Scottish Leaving Certificate Examination, 1951
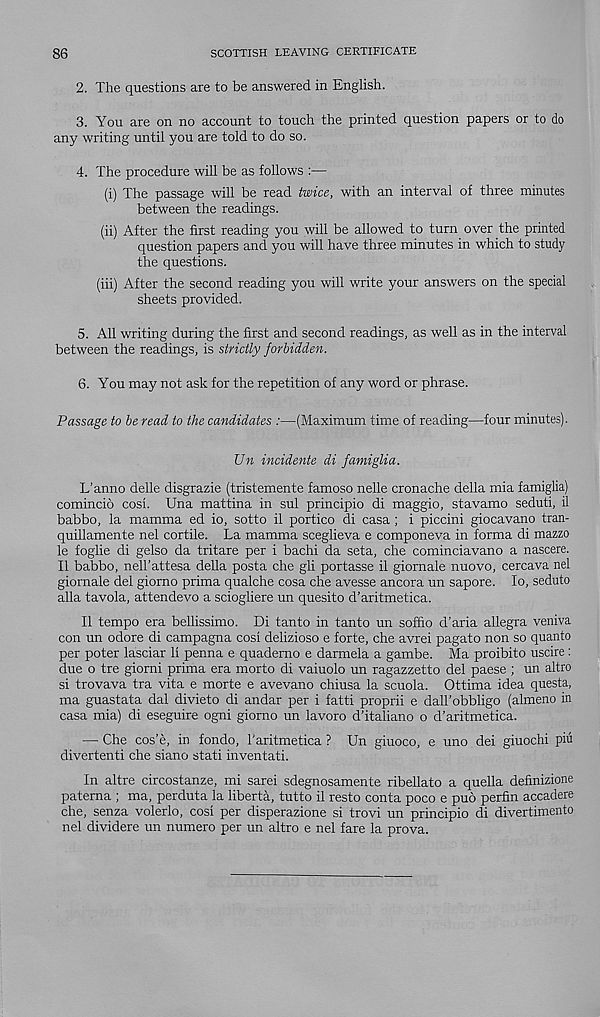
86
SCOTTISH LEAVING CERTIFICATE
2. The questions are to be answered in English.
3. You are on no account to touch the printed question papers or to do
any writing until you are told to do so.
4. The procedure will be as follows :—
(i) The passage will be read twice, with an interval of three minutes
between the readings.
(ii) After the first reading you will be allowed to turn over the printed
question papers and you will have three minutes in which to study
the questions.
(iii) After the second reading you will write your answers on the special
sheets provided.
5. All writing during the first and second readings, as well as in the interval
between the readings, is strictly forbidden.
6. You may not ask for the repetition of any word or phrase.
Passage to be read to the candidates :—(Maximum time of reading—four minutes).
Un incidents di famiglia.
L’anno delle disgrazie (tristemente famoso nelle cronache della mia famiglia)
comincio cosi. Una mattina in sul principio di maggio, stavamo seduti, il
babbo, la mamma ed io, sotto il portico di casa; i piccini giocavano tran-
quillamente nel cortile. La mamma sceglieva e componeva in forma di mazzo
le foglie di gelso da tritare per i bachi da seta, che cominciavano a nascere.
Il babbo, nell’attesa della posta che gli portasse il giornale nuovo, cercava nel
giornale del giorno prima qualche cosa che avesse ancora un sapore. lo, seduto
alia tavola, attendevo a sciogliere un quesito d’aritmetica.
Il tempo era bellissimo. Di tanto in tanto un soffio d’aria allegra veniva
con un odore di campagna cosi delizioso e forte, che avrei pagato non so quanto
per poter lasciar li penna e quademo e darmela a gambe. Ma proibito uscire :
due o tre giomi prima era morto di vaiuolo un ragazzetto del paese ; un altro
si trovava tra vita e morte e avevano chiusa la scuola. Ottima idea questa,
ma guastata dal divieto di andar per i fatti proprii e dall’obbligo (almeno in
casa mia) di eseguire ogni giorno un lavoro d’italiano o d’aritmetica.
— Che cos’e, in fondo, 1'aritmetica ? Un giuoco, e uno dei giuochi pin
divertenti che siano stati inventati.
In altre circostanze, mi sarei sdegnosamente ribellato a quella definizione
paterna ; ma, perduta la liberta, tutto il resto conta poco e pub perfin accadere
che, senza volerlo, cosi per disperazione si trovi un principio di divertimento
nel dividere un numero per un altro e nel fare la prova.